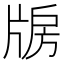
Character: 𤗐